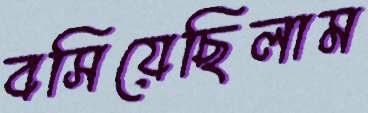
বসিয়েছিলাম